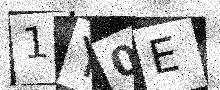
Text: 1Y0E